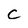
Character: c